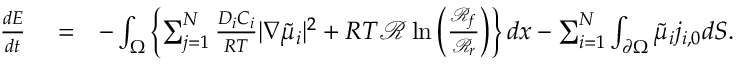
\begin{array} { r l r } { \frac { d E } { d t } } & { { } = } & { - \int _ { \Omega } \left\{ \sum _ { j = 1 } ^ { N } \frac { D _ { i } C _ { i } } { R T } | \nabla \tilde { \mu } _ { i } | ^ { 2 } + R T \mathcal { R } \ln \left( \frac { \mathcal { R } _ { f } } { \mathcal { R } _ { r } } \right) \right\} d x - \sum _ { i = 1 } ^ { N } \int _ { \partial \Omega } \tilde { \mu } _ { i } j _ { i , 0 } d S . } \end{array}